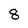
Character: 8